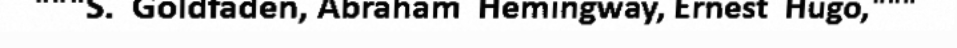
"""S.  Goldfaden, Abraham  Hemingway, Ernest  Hugo,"""